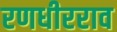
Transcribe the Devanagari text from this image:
रणधीरराव